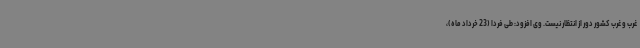
غرب و غرب کشور دور از انتظار نیست. وی افزود: طی فردا (23 خرداد ماه)،